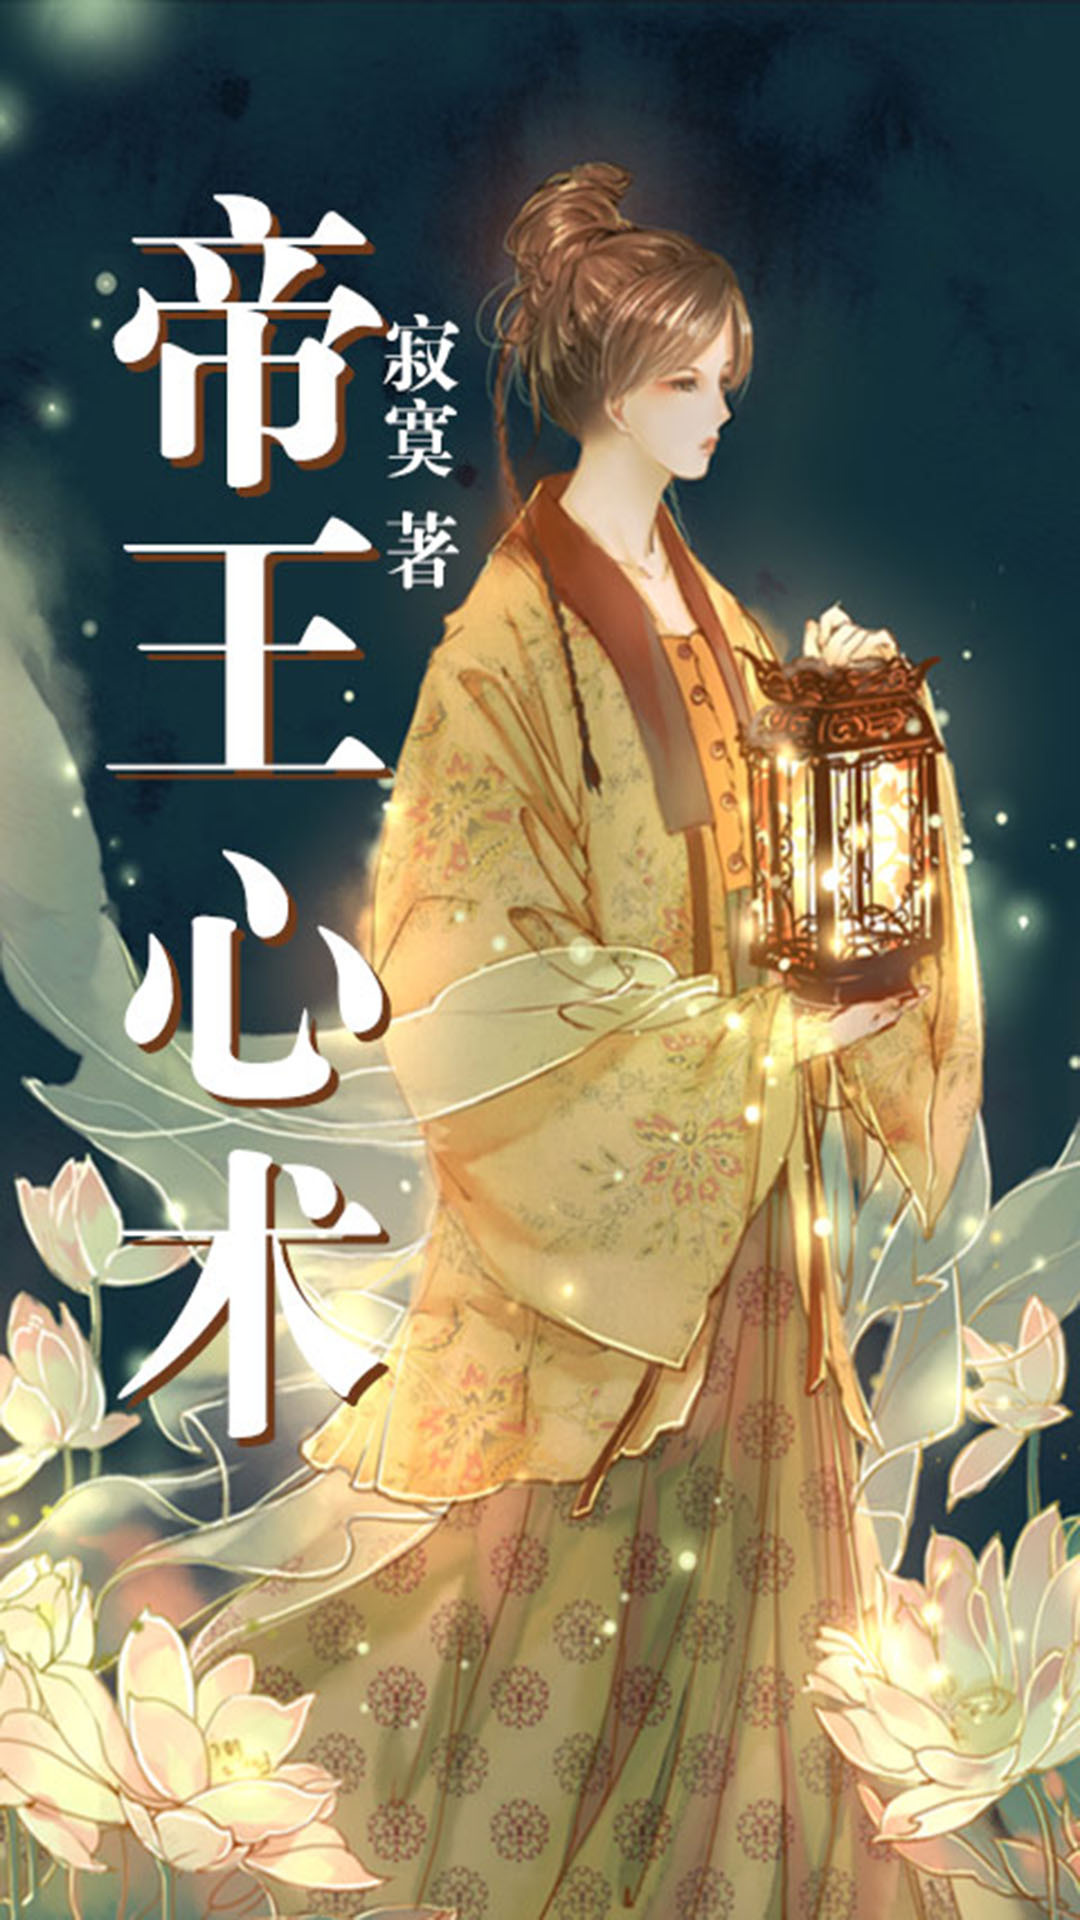
形相虽恶，而心术善，无害为君子也。